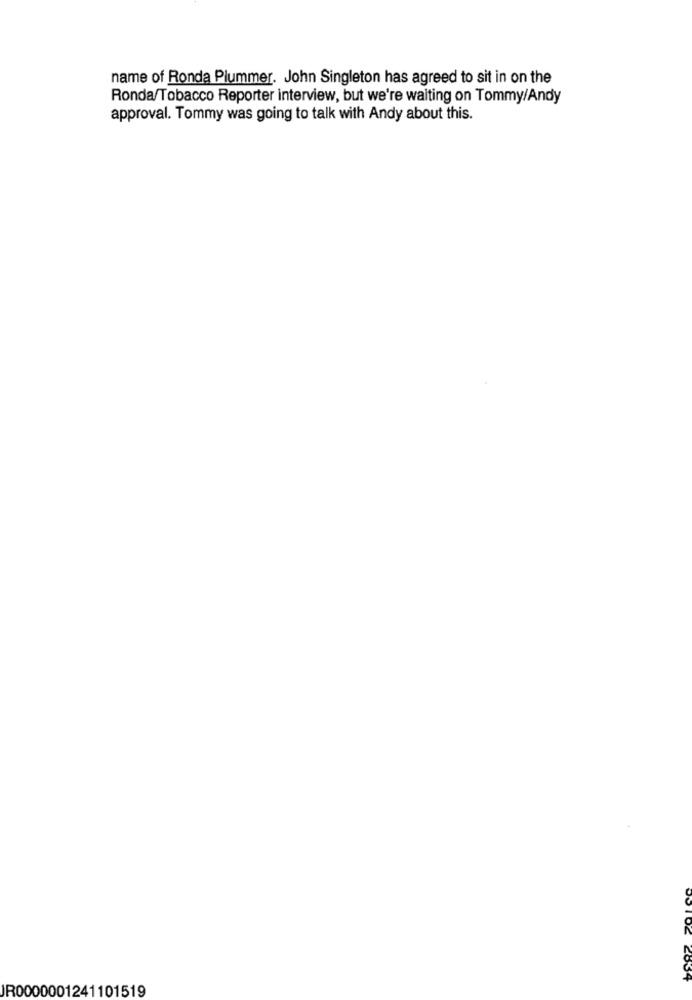
name of Ronda Plummer. John Singleton has agreed to sit in on the
Ronda/Tobacco Reporter interview, but we're waiting on Tommy/Andy
approval. Tommy was going to talk with Andy about this.
2834
JR0000001241101519